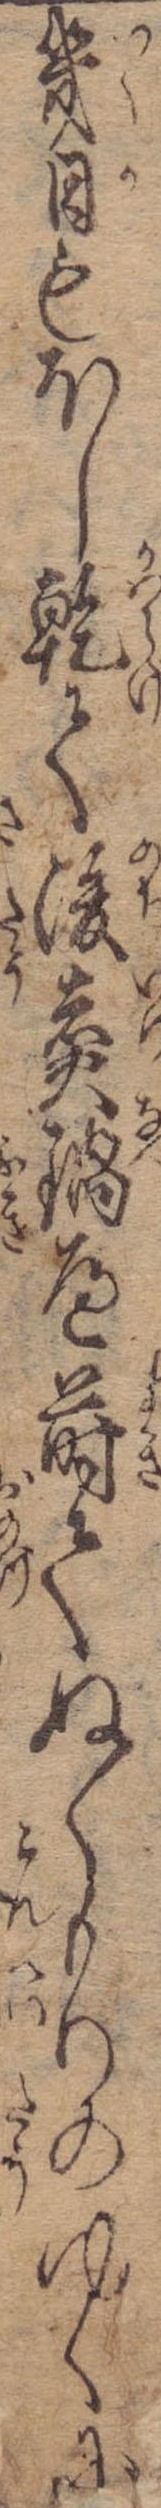
幾日もほし乾て後鍋へ蒔てぬくもりのゆくに